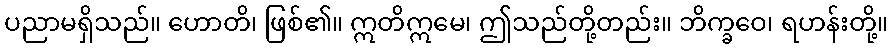
ပညာမရှိသည်။ ဟောတိ၊ ဖြစ်၏။ ဣတိဣမေ၊ ဤသည်တို့တည်း။ ဘိက္ခဝေ၊ ရဟန်းတို့။